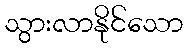
သွားလာနိုင်သော